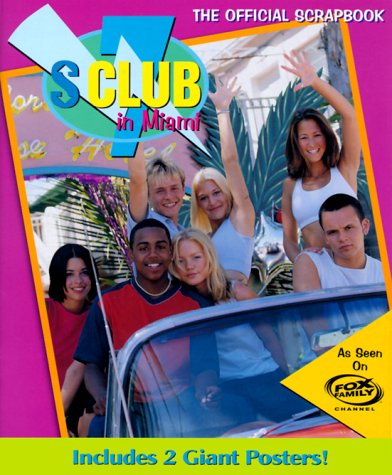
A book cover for S Club 7 in Miami: The Official Scrapbook; Jeremy Mark; Teen & Young Adult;